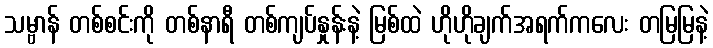
သမ္ဗာန် တစ်စင်းကို တစ်နာရီ တစ်ကျပ်နှုန်းနဲ့ မြစ်ထဲ ဟိုဟိုချက်အရက်ကလေး တမြမြနဲ့